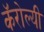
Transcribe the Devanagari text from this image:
कॅरोल्यी